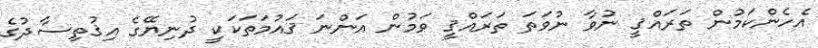
އެހެންކަމުން ތަރައްޤީ ނުވާ ނުވަތަ ތަރައްޤީ ވަމުން އަންނަ ޤައުމަތަކަކީ ދުނިޔޭގެ އިޤުތިސާދުގެ